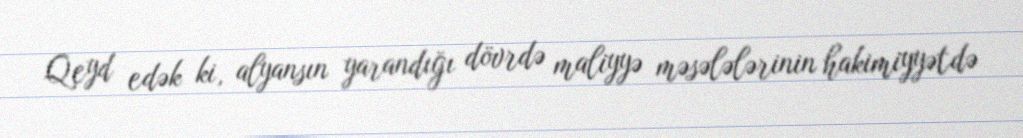
Qeyd edək ki, alyansın yarandığı dövrdə maliyyə məsələlərinin hakimiyyətdə